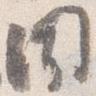
聞